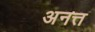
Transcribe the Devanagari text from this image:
अनत्त